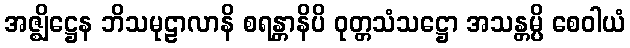
အဇ္ဈိဋ္ဌေန ဘိသမုဠာလာနိ စရန္တာနိပိ ဝုတ္တသံသဋ္ဌော အသန္တမ္ပိ စေဝါယံ